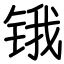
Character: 锇